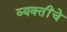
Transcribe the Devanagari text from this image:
व्‍यक्‍तींचे